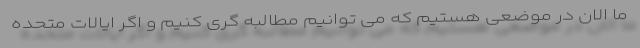
ما الان در موضعی هستیم که می توانیم مطالبه گری کنیم و اگر ایالات متحده